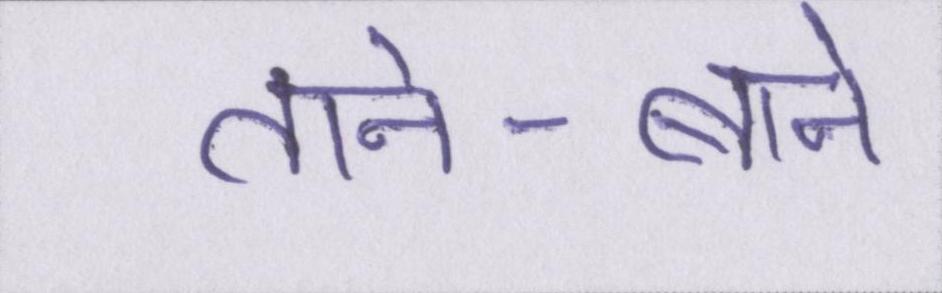
ताने-बाने